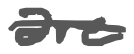
Text: are
Cross-out: mix
Writing tool: digital_gray